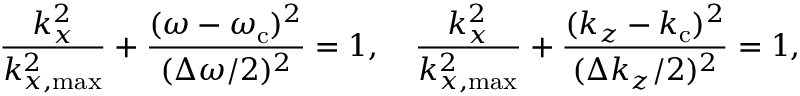
\frac { k _ { x } ^ { 2 } } { k _ { x , \mathrm { m a x } } ^ { 2 } } + \frac { ( \omega - \omega _ { \mathrm { c } } ) ^ { 2 } } { ( \Delta \omega / 2 ) ^ { 2 } } = 1 , \quad \frac { k _ { x } ^ { 2 } } { k _ { x , \mathrm { m a x } } ^ { 2 } } + \frac { ( k _ { z } - k _ { \mathrm { c } } ) ^ { 2 } } { ( \Delta k _ { z } / 2 ) ^ { 2 } } = 1 ,